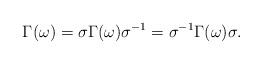
LaTeX: \begin{align*}\Gamma(\omega)=\sigma\Gamma(\omega)\sigma^{-1}=\sigma^{-1}\Gamma(\omega)\sigma.\end{align*}